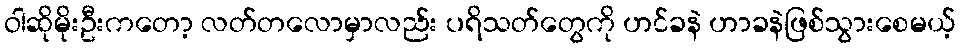
ဝါဆိုမိုးဦးကတော့ လတ်တလောမှာလည်း ပရိသတ်တွေကို ဟင်ခနဲ ဟာခနဲဖြစ်သွားစေမယ့်